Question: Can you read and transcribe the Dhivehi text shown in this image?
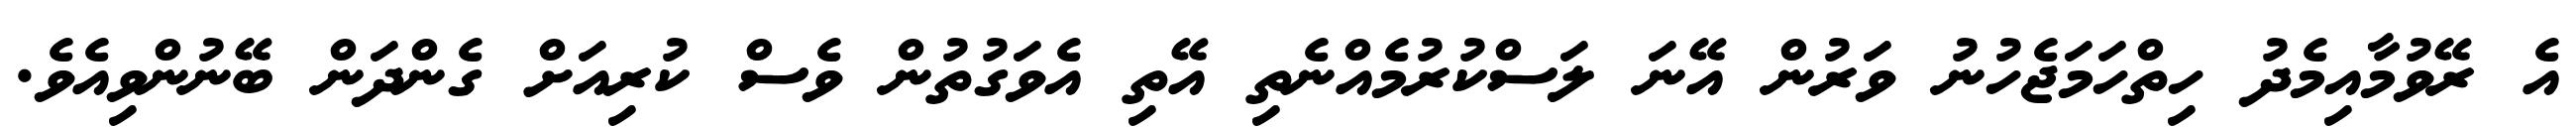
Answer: އެ ރޭވުމާއިމެދު ހިތްހަމަޖެހުނު ވަރުން އޭނަ ލަސްކުރުމެއްނެތި އޭތި އެވަގުތުން ވެސް ކުރިއަށް ގެންދަން ބޭނުންވިއެވެ.